Annual returns of the Patna Lunatic Asylum at Bankipore in Bihar and Orissa - 1912-1924
Year: 1912
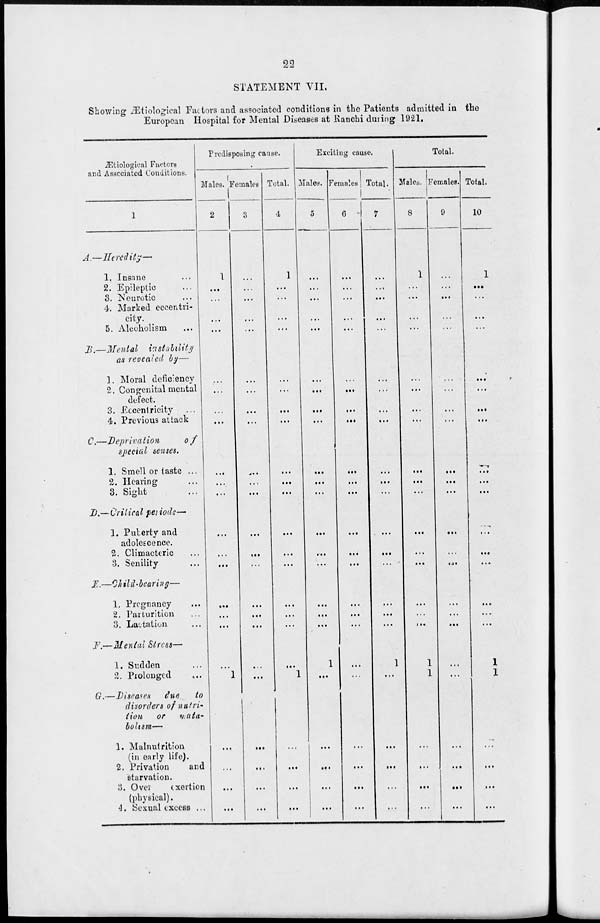
22
STATEMENT VII.
Showing Ætiological Factors and associated conditions in the Patients admitted in the
European Hospital for Mental Diseases at Ranchi during 1921.
Ætiological Factors
and Associated Conditions.
1
A.—Heredity—
1. Insane ...
2. Epileptic ...
3. Neurotic ...
4. Marked eccentri-
city.
5. Alcoholism ...
B.—Mental instability
as revealed by—
3. Moral deficiency ...
2. Congenital mental ...
defect.
3. Eccentricity ...
4. Previous attack ...
C.—Deprivation
of
special senses.
1. Smell or taste ...
2. Hearing ...
3. Sight ...
D.—Critical periods—
1. Puberty and
adolescence. ...
2. Climacteric ...
3. Senility ...
E.—Child-bearing—
1. Pregnancy ... ...
2. Parturition ... ...
3. Lactation ...
F.—Mental Stress—
1. Sudden ... ...
2. Prolonged ... ...
G.—Diseases due to
disorders of nutri-
tion or mata-
bolism—
1. Malnutrition
(in early life).
2. Privation
and
starvation.
3. Over exertion
(physical).
4 . Sexual excess ...
Predisposing cause.
Males.
2
1
...
...
...
...
...
...
...
...
...
...
...
...
...
...
...
...
...
...
1
...
...
...
...
Females.
3
...
...
...
.. .
...
...
...
...
...
...
...
...
.. .
...
...
...
...
...
...
...
...
...
...
...
Total.
4
1
...
...
...
...
...
...
...
...
...
...
...
...
...
...
...
...
...
...
1
...
...
...
...
Exciting cause.
Males.
5
. ..
...
...
...
. ..
...
...
...
...
...
...
...
...
...
. ..
...
...
...
1
...
...
...
...
...
Females
6
...
...
...
...
.. .
...
...
...
...
...
...
...
...
...
...
...
...
...
...
...
...
...
...
...
Total.
7
...
...
...
...
...
...
...
...
...
...
...
...
...
...
...
...
...
...
1
...
...
...
...
...
Total.
Males.
8
1
...
...
...
...
...
...
...
...
...
...
...
...
...
...
...
...
...
1
1
...
...
...
...
Females.
9
...
...
...
...
...
...
...
...
...
...
...
...
...
...
...
...
...
...
...
...
.. .
...
...
...
Total.
10
1
...
...
...
...
...
...
...
...
...
...
...
...
...
...
...
...
...
1
1
...
...
...
...